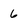
Character: 6